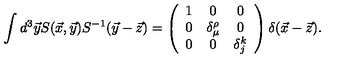
\int d ^ { 3 } \vec { y } S ( \vec { x } , \vec { y } ) S ^ { - 1 } ( \vec { y } - \vec { z } ) = \left( \begin{array} { c c c } { 1 } & { 0 } & { 0 } \\ { 0 } & { \delta _ { \mu } ^ { \rho } } & { 0 } \\ { 0 } & { 0 } & { \delta _ { j } ^ { k } } \\ \end{array} \right) \delta ( \vec { x } - \vec { z } ) .